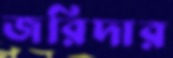
জরিদার